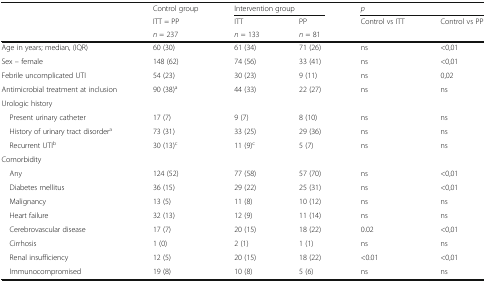
<table><thead><tr><td rowspan="3"></td><td><b>Control group</b></td><td colspan="2"><b>Intervention group</b></td><td colspan="2"><b><i>p</i></b></td></tr><tr><td><b>ITT = PP</b></td><td><b>ITT</b></td><td><b>PP</b></td><td><b>Control vs ITT</b></td><td><b>Control vs PP</b></td></tr><tr><td><b><i>n</i> = 237</b></td><td><b><i>n</i> = 133</b></td><td><b><i>n</i> = 81</b></td><td></td><td></td></tr></thead><tbody><tr><td>Age in years; median, (IQR)</td><td>60 (30)</td><td>61 (34)</td><td>71 (26)</td><td>ns</td><td>&lt;0,01</td></tr><tr><td>Sex – female</td><td>148 (62)</td><td>74 (56)</td><td>33 (41)</td><td>ns</td><td>&lt;0,01</td></tr><tr><td>Febrile uncomplicated UTI</td><td>54 (23)</td><td>30 (23)</td><td>9 (11)</td><td>ns</td><td>0,02</td></tr><tr><td>Antimicrobial treatment at inclusion</td><td>90 (38)<sup>a</sup></td><td>44 (33)</td><td>22 (27)</td><td>ns</td><td>ns</td></tr><tr><td colspan="6">Urologic history</td></tr><tr><td> Present urinary catheter</td><td>17 (7)</td><td>9 (7)</td><td>8 (10)</td><td>ns</td><td>ns</td></tr><tr><td> History of urinary tract disorder<sup>a</sup></td><td>73 (31)</td><td>33 (25)</td><td>29 (36)</td><td>ns</td><td>ns</td></tr><tr><td> Recurrent UTI<sup>b</sup></td><td>30 (13)<sup>c</sup></td><td>11 (9)<sup>c</sup></td><td>5 (7)</td><td>ns</td><td>ns</td></tr><tr><td colspan="6">Comorbidity</td></tr><tr><td> Any</td><td>124 (52)</td><td>77 (58)</td><td>57 (70)</td><td>ns</td><td>&lt;0,01</td></tr><tr><td> Diabetes mellitus</td><td>36 (15)</td><td>29 (22)</td><td>25 (31)</td><td>ns</td><td>&lt;0,01</td></tr><tr><td> Malignancy</td><td>13 (5)</td><td>11 (8)</td><td>10 (12)</td><td>ns</td><td>ns</td></tr><tr><td> Heart failure</td><td>32 (13)</td><td>12 (9)</td><td>11 (14)</td><td>ns</td><td>ns</td></tr><tr><td> Cerebrovascular disease</td><td>17 (7)</td><td>20 (15)</td><td>18 (22)</td><td>0.02</td><td>&lt;0,01</td></tr><tr><td> Cirrhosis</td><td>1 (0)</td><td>2 (1)</td><td>1 (1)</td><td>ns</td><td>ns</td></tr><tr><td> Renal insufficiency</td><td>12 (5)</td><td>20 (15)</td><td>18 (22)</td><td>&lt;0.01</td><td>&lt;0,01</td></tr><tr><td> Immunocompromised</td><td>19 (8)</td><td>10 (8)</td><td>5 (6)</td><td>ns</td><td>ns</td></tr></tbody></table>